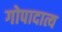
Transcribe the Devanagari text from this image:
गोपादात्य